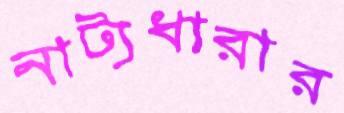
নাট্যধারার